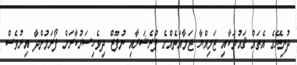
ދުނިޔޭގެ އެތައް ޤައުމަކާއި ޖަމިއްޔާ ޖަމާއަތެއްގެ ޕްރެޝަރާއި ނުފޫޒް ދިވެހިސަރުކާރަށް ފޯރަމުންދާ އިރުވެސް